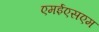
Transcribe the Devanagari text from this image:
एमईएसएम